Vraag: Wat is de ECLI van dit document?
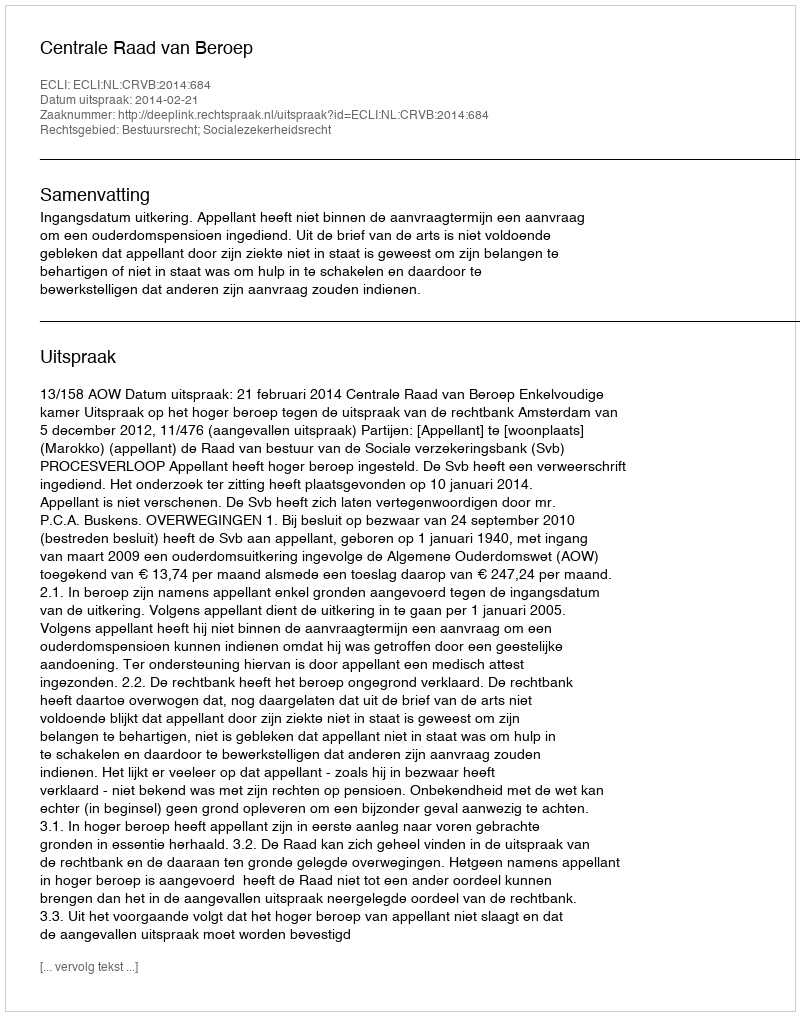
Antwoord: ECLI:NL:CRVB:2014:684